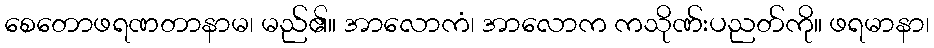
စေတောဖရဏတာနာမ၊ မည်၏။ အာလောကံ၊ အာလောက ကသိုဏ်းပညတ်ကို။ ဖရမာနာ၊